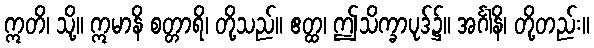
ဣတိ၊ သို့။ ဣမာနိ စတ္တာရိ၊ တို့သည်။ ဧတ္ထ၊ ဤသိက္ခာပုဒ်၌။ အင်္ဂါနိ၊ တို့တည်း။